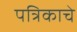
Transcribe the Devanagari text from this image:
पत्रिकाचे